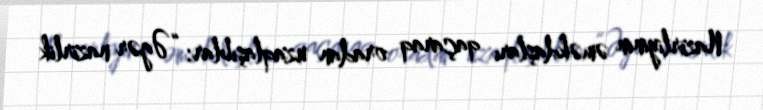
Nazirliyinin əməkdaşları qaçaraq oradan uzaqlaşıblar: “Əgər nazirlik